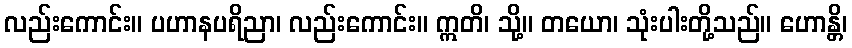
လည်းကောင်း။ ပဟာနပရိညာ၊ လည်းကောင်း။ ဣတိ၊ သို့။ တယော၊ သုံးပါးတို့သည်။ ဟောန္တိ၊